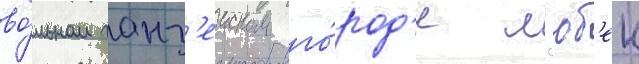
во́льном ганз'еиском го́род'е л'юб'ек